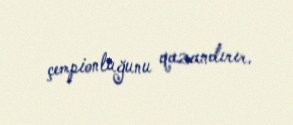
çempionluğunu qazandırır.